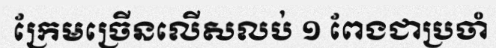
ក្រែមច្រើនលើសលប់ ១ ពែងជាប្រចាំ